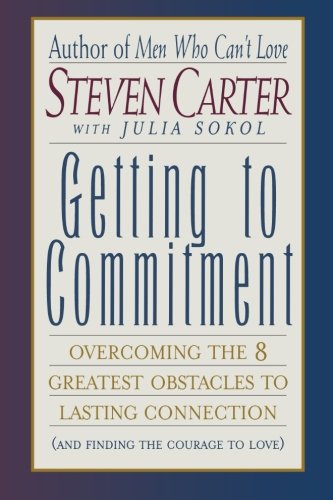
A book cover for Getting to Commitment: Overcoming the 8 Greatest Obstacles to Lasting Connection (And Finding the Courage to Love); Steven Carter; Parenting & Relationships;